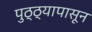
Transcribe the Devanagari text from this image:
पुठ्ठ्यापासून